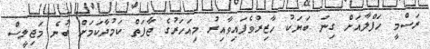
ރަސްމީ ހަފްލާއަށް ގިނަ ބަޔަކު ހާޒިރުވެފައިވާއިރު މިއަހަރުގެ ޖާފަތް ކަމުދާކަމަށް ބުނެ މަޖިލީސް